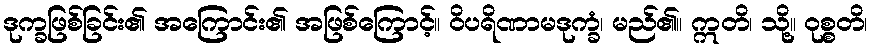
ဒုက္ခဖြစ်ခြင်း၏ အကြောင်း၏ အဖြစ်ကြောင့်။ ဝိပရိဏာမဒုက္ခံ၊ မည်၏။ ဣတိ၊ သို့။ ဝုစ္စတိ၊